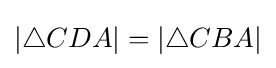
|\triangle CDA|=|\triangle CBA|